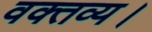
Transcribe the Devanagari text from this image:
वक्तव्य।